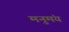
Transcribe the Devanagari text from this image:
मनुमंय